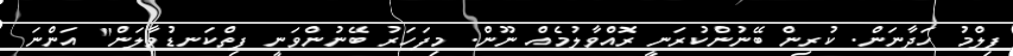
ފިލްމު ހަދާނަން. ކުރިން ބޭނުންކުރަނީ ރޮއްވާލުމެއް ނޫން. މިފަހަރު ބޭނުންވަނީ ފިތްކަނޑުވާލަން" އަންނަ